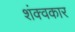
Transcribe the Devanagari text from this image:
शंक्वकार